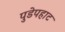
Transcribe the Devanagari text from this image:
पुडेपहाट